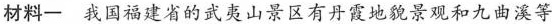
材料一 我国福建省的武夷山景区有丹霞地貌景观和九曲溪等